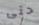
حتى